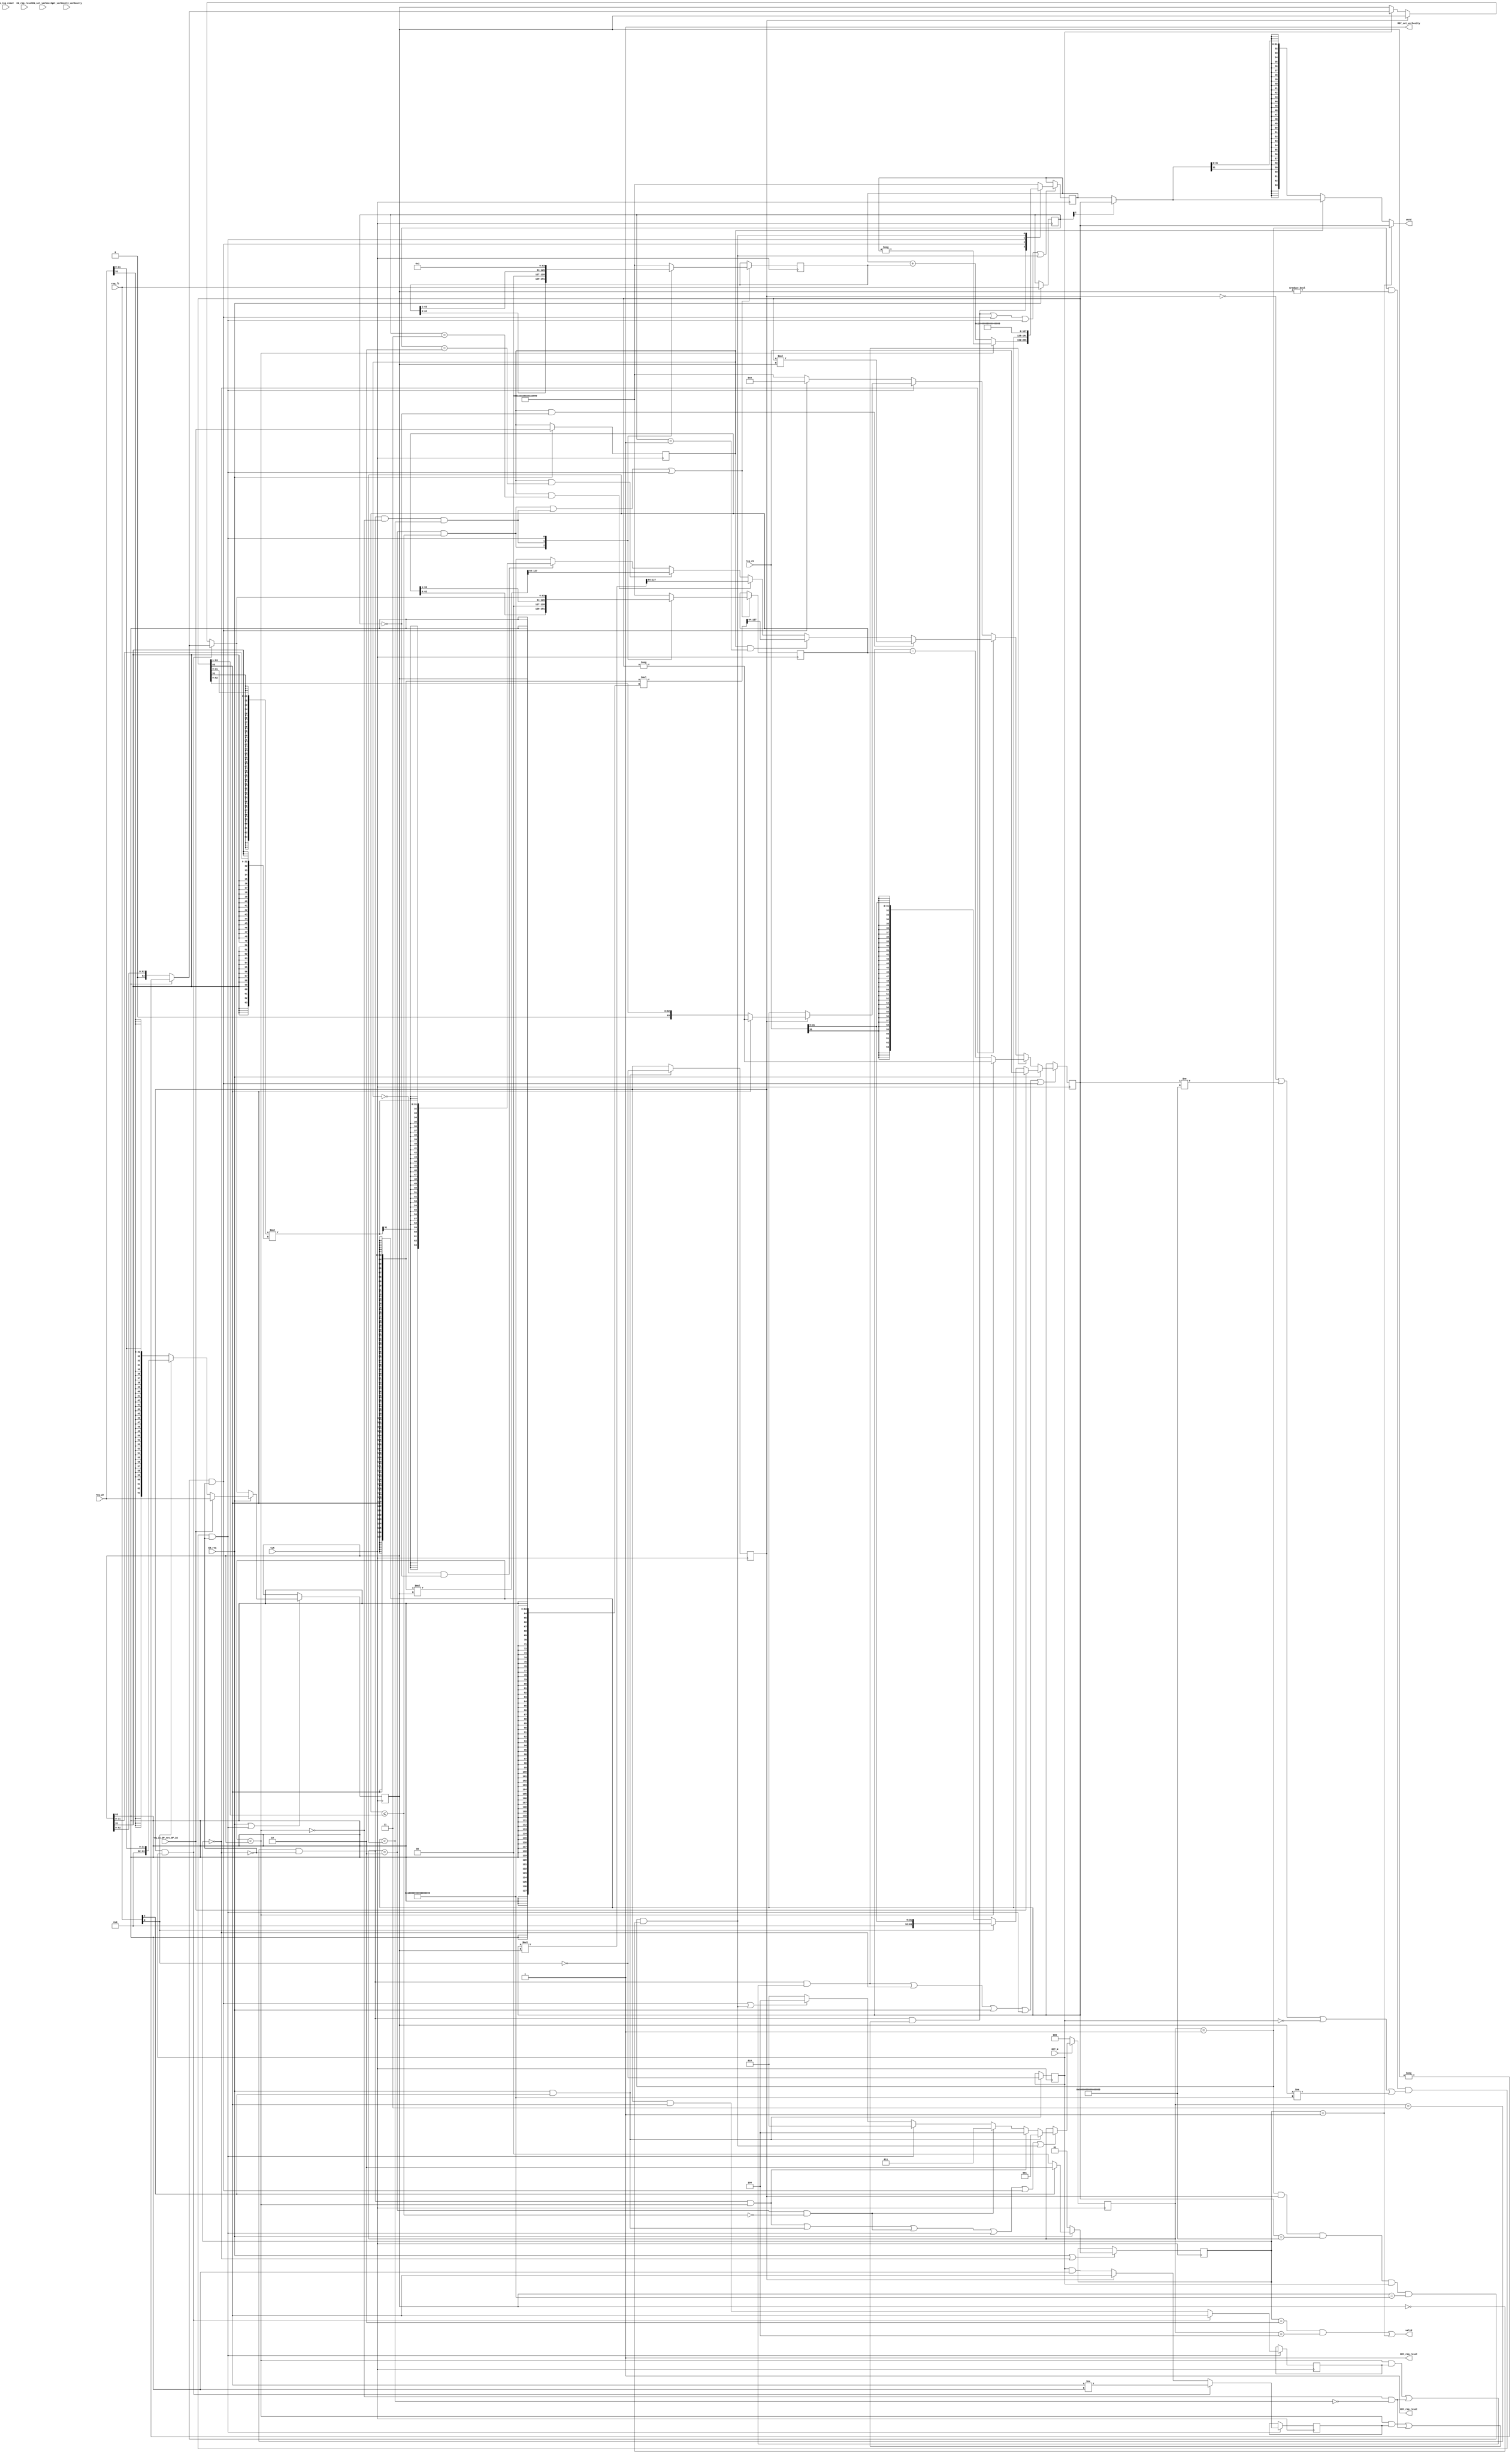
//
// Generated by Bluespec Compiler, version 2018.10.beta1 (build e1df8052c, 2018-10-17)
//
//
//
//
// Ports:
// Name                         I/O  size props
// RDY_set_verbosity              O     1 const
// RDY_req_reset                  O     1 const
// RDY_rsp_reset                  O     1 const
// valid                          O     1
// word                           O    64
// CLK                            I     1 clock
// RST_N                          I     1 reset
// set_verbosity_verbosity        I     4 reg
// req_is_OP_not_OP_32            I     1
// req_f3                         I     3
// req_v1                         I    64
// req_v2                         I    64
// EN_set_verbosity               I     1
// EN_req_reset                   I     1 unused
// EN_rsp_reset                   I     1 unused
// EN_req                         I     1
//
// No combinational paths from inputs to outputs
//
//

`ifdef BSV_ASSIGNMENT_DELAY
`else
  `define BSV_ASSIGNMENT_DELAY
`endif

`ifdef BSV_POSITIVE_RESET
  `define BSV_RESET_VALUE 1'b1
  `define BSV_RESET_EDGE posedge
`else
  `define BSV_RESET_VALUE 1'b0
  `define BSV_RESET_EDGE negedge
`endif

module mkRISCV_MBox(CLK,
		    RST_N,

		    set_verbosity_verbosity,
		    EN_set_verbosity,
		    RDY_set_verbosity,

		    EN_req_reset,
		    RDY_req_reset,

		    EN_rsp_reset,
		    RDY_rsp_reset,

		    req_is_OP_not_OP_32,
		    req_f3,
		    req_v1,
		    req_v2,
		    EN_req,

		    valid,

		    word);
  input  CLK;
  input  RST_N;

  // action method set_verbosity
  input  [3 : 0] set_verbosity_verbosity;
  input  EN_set_verbosity;
  output RDY_set_verbosity;

  // action method req_reset
  input  EN_req_reset;
  output RDY_req_reset;

  // action method rsp_reset
  input  EN_rsp_reset;
  output RDY_rsp_reset;

  // action method req
  input  req_is_OP_not_OP_32;
  input  [2 : 0] req_f3;
  input  [63 : 0] req_v1;
  input  [63 : 0] req_v2;
  input  EN_req;

  // value method valid
  output valid;

  // value method word
  output [63 : 0] word;

  // signals for module outputs
  wire [63 : 0] word;
  wire RDY_req_reset, RDY_rsp_reset, RDY_set_verbosity, valid;

  // inlined wires
  wire dw_valid$whas;

  // register cfg_verbosity
  reg [3 : 0] cfg_verbosity;
  wire [3 : 0] cfg_verbosity$D_IN;
  wire cfg_verbosity$EN;

  // register intDiv_rg_denom2
  reg [63 : 0] intDiv_rg_denom2;
  reg [63 : 0] intDiv_rg_denom2$D_IN;
  wire intDiv_rg_denom2$EN;

  // register intDiv_rg_denom_is_signed
  reg intDiv_rg_denom_is_signed;
  wire intDiv_rg_denom_is_signed$D_IN, intDiv_rg_denom_is_signed$EN;

  // register intDiv_rg_n
  reg [63 : 0] intDiv_rg_n;
  reg [63 : 0] intDiv_rg_n$D_IN;
  wire intDiv_rg_n$EN;

  // register intDiv_rg_numer_is_signed
  reg intDiv_rg_numer_is_signed;
  wire intDiv_rg_numer_is_signed$D_IN, intDiv_rg_numer_is_signed$EN;

  // register intDiv_rg_quo
  reg [63 : 0] intDiv_rg_quo;
  reg [63 : 0] intDiv_rg_quo$D_IN;
  wire intDiv_rg_quo$EN;

  // register intDiv_rg_quoIsNeg
  reg intDiv_rg_quoIsNeg;
  wire intDiv_rg_quoIsNeg$D_IN, intDiv_rg_quoIsNeg$EN;

  // register intDiv_rg_remIsNeg
  reg intDiv_rg_remIsNeg;
  wire intDiv_rg_remIsNeg$D_IN, intDiv_rg_remIsNeg$EN;

  // register intDiv_rg_state
  reg [2 : 0] intDiv_rg_state;
  reg [2 : 0] intDiv_rg_state$D_IN;
  wire intDiv_rg_state$EN;

  // register rg_f3
  reg [2 : 0] rg_f3;
  wire [2 : 0] rg_f3$D_IN;
  wire rg_f3$EN;

  // register rg_is_OP_not_OP_32
  reg rg_is_OP_not_OP_32;
  wire rg_is_OP_not_OP_32$D_IN, rg_is_OP_not_OP_32$EN;

  // register rg_state
  reg [1 : 0] rg_state;
  wire [1 : 0] rg_state$D_IN;
  wire rg_state$EN;

  // register rg_v1
  reg [63 : 0] rg_v1;
  reg [63 : 0] rg_v1$D_IN;
  wire rg_v1$EN;

  // register rg_v2
  reg [63 : 0] rg_v2;
  wire [63 : 0] rg_v2$D_IN;
  wire rg_v2$EN;

  // rule scheduling signals
  wire CAN_FIRE_RL_intDiv_rl_loop1,
       CAN_FIRE_RL_intDiv_rl_loop2,
       CAN_FIRE_RL_intDiv_rl_start_div_by_zero,
       CAN_FIRE_RL_intDiv_rl_start_overflow,
       CAN_FIRE_RL_intDiv_rl_start_s,
       CAN_FIRE_RL_rg_div_rem,
       CAN_FIRE_RL_rl_mul,
       CAN_FIRE_RL_rl_mul2,
       CAN_FIRE_req,
       CAN_FIRE_req_reset,
       CAN_FIRE_rsp_reset,
       CAN_FIRE_set_verbosity,
       WILL_FIRE_RL_intDiv_rl_loop1,
       WILL_FIRE_RL_intDiv_rl_loop2,
       WILL_FIRE_RL_intDiv_rl_start_div_by_zero,
       WILL_FIRE_RL_intDiv_rl_start_overflow,
       WILL_FIRE_RL_intDiv_rl_start_s,
       WILL_FIRE_RL_rg_div_rem,
       WILL_FIRE_RL_rl_mul,
       WILL_FIRE_RL_rl_mul2,
       WILL_FIRE_req,
       WILL_FIRE_req_reset,
       WILL_FIRE_rsp_reset,
       WILL_FIRE_set_verbosity;

  // inputs to muxes for submodule ports
  wire [63 : 0] MUX_dw_result$wset_1__VAL_2,
		MUX_intDiv_rg_denom2$write_1__VAL_1,
		MUX_intDiv_rg_denom2$write_1__VAL_2,
		MUX_intDiv_rg_denom2$write_1__VAL_3,
		MUX_intDiv_rg_n$write_1__VAL_1,
		MUX_intDiv_rg_n$write_1__VAL_2,
		MUX_intDiv_rg_quo$write_1__VAL_1,
		MUX_rg_v1$write_1__VAL_1,
		MUX_rg_v1$write_1__VAL_2,
		MUX_rg_v1$write_1__VAL_3,
		MUX_rg_v1$write_1__VAL_4,
		MUX_rg_v2$write_1__VAL_1;
  wire [1 : 0] MUX_rg_state$write_1__VAL_1;
  wire MUX_intDiv_rg_denom2$write_1__SEL_1,
       MUX_intDiv_rg_denom2$write_1__SEL_2,
       MUX_intDiv_rg_quo$write_1__SEL_1,
       MUX_intDiv_rg_state$write_1__SEL_1,
       MUX_intDiv_rg_state$write_1__SEL_2,
       MUX_intDiv_rg_state$write_1__SEL_3,
       MUX_rg_v1$write_1__SEL_2;

  // declarations used by system tasks
  // synopsys translate_off
  reg [31 : 0] v__h4706;
  reg [31 : 0] v__h4700;
  // synopsys translate_on

  // remaining internal signals
  wire [255 : 0] SEXT_rg_v1__08_MUL_0_CONCAT_rg_v2_14___d118,
		 SEXT_rg_v1__08_MUL_SEXT_rg_v2__09___d110,
		 _0_CONCAT_rg_v1_13_MUL_0_CONCAT_rg_v2_14___d115;
  wire [127 : 0] SEXT_rg_v1_BITS_31_TO_0_21_22_MUL_SEXT_rg_v2_B_ETC___d125,
		 SEXT_rg_v1____d108,
		 rg_v1_MUL_rg_v2___d105,
		 v1__h4494;
  wire [63 : 0] IF_rg_f3_4_BIT_1_37_THEN_rg_v1_ELSE_intDiv_rg__ETC___d138,
		_theResult___fst__h5162,
		_theResult___fst__h5192,
		_theResult___fst__h5218,
		_theResult___fst__h787,
		_theResult___snd__h5163,
		_theResult___snd__h5193,
		_theResult___snd__h5219,
		_theResult___snd_fst__h782,
		denom___1__h729,
		numer___1__h728,
		result___1__h4957,
		v__h4418,
		v__h4476,
		v__h4527,
		v__h4583,
		v__h4600,
		x__h3955,
		x__h4041,
		x__h4111,
		x__h4126,
		y__h3834;
  wire [31 : 0] IF_rg_f3_4_BIT_1_37_THEN_rg_v1_ELSE_intDiv_rg__ETC__q3,
		SEXT_rg_v1_BITS_31_TO_0_21_22_MUL_SEXT_rg_v2_B_ETC__q6,
		req_v1_BITS_31_TO_0__q1,
		req_v2_BITS_31_TO_0__q2,
		rg_v1_BITS_31_TO_0__q4,
		rg_v2_BITS_31_TO_0__q5;
  wire IF_intDiv_rg_numer_is_signed_THEN_rg_v1_BIT_63_ETC___d39,
       intDiv_rg_denom2_4_ULE_0_CONCAT_rg_v1_BITS_63__ETC___d47,
       rg_v1_ULT_intDiv_rg_denom2_4___d59,
       rg_v1_ULT_rg_v2___d55;

  // action method set_verbosity
  assign RDY_set_verbosity = 1'd1 ;
  assign CAN_FIRE_set_verbosity = 1'd1 ;
  assign WILL_FIRE_set_verbosity = EN_set_verbosity ;

  // action method req_reset
  assign RDY_req_reset = 1'd1 ;
  assign CAN_FIRE_req_reset = 1'd1 ;
  assign WILL_FIRE_req_reset = EN_req_reset ;

  // action method rsp_reset
  assign RDY_rsp_reset = 1'd1 ;
  assign CAN_FIRE_rsp_reset = 1'd1 ;
  assign WILL_FIRE_rsp_reset = EN_rsp_reset ;

  // action method req
  assign CAN_FIRE_req = 1'd1 ;
  assign WILL_FIRE_req = EN_req ;

  // value method valid
  assign valid = dw_valid$whas ;

  // value method word
  assign word = WILL_FIRE_RL_rl_mul2 ? rg_v1 : MUX_dw_result$wset_1__VAL_2 ;

  // rule RL_rl_mul2
  assign CAN_FIRE_RL_rl_mul2 = rg_state == 2'd1 ;
  assign WILL_FIRE_RL_rl_mul2 = CAN_FIRE_RL_rl_mul2 ;

  // rule RL_rg_div_rem
  assign CAN_FIRE_RL_rg_div_rem =
	     rg_state == 2'd2 && intDiv_rg_state == 3'd4 ;
  assign WILL_FIRE_RL_rg_div_rem = CAN_FIRE_RL_rg_div_rem ;

  // rule RL_intDiv_rl_start_div_by_zero
  assign CAN_FIRE_RL_intDiv_rl_start_div_by_zero =
	     intDiv_rg_state == 3'd1 && rg_v2 == 64'd0 ;
  assign WILL_FIRE_RL_intDiv_rl_start_div_by_zero =
	     CAN_FIRE_RL_intDiv_rl_start_div_by_zero ;

  // rule RL_intDiv_rl_start_overflow
  assign CAN_FIRE_RL_intDiv_rl_start_overflow =
	     intDiv_rg_state == 3'd1 && intDiv_rg_numer_is_signed &&
	     rg_v1 == 64'h8000000000000000 &&
	     intDiv_rg_denom_is_signed &&
	     rg_v2 == 64'hFFFFFFFFFFFFFFFF ;
  assign WILL_FIRE_RL_intDiv_rl_start_overflow =
	     CAN_FIRE_RL_intDiv_rl_start_overflow && !WILL_FIRE_RL_rl_mul ;

  // rule RL_intDiv_rl_start_s
  assign CAN_FIRE_RL_intDiv_rl_start_s =
	     intDiv_rg_state == 3'd1 && rg_v2 != 64'd0 &&
	     (!intDiv_rg_numer_is_signed || rg_v1 != 64'h8000000000000000 ||
	      !intDiv_rg_denom_is_signed ||
	      rg_v2 != 64'hFFFFFFFFFFFFFFFF) ;
  assign WILL_FIRE_RL_intDiv_rl_start_s =
	     CAN_FIRE_RL_intDiv_rl_start_s && !WILL_FIRE_RL_rl_mul ;

  // rule RL_intDiv_rl_loop1
  assign CAN_FIRE_RL_intDiv_rl_loop1 = intDiv_rg_state == 3'd2 ;
  assign WILL_FIRE_RL_intDiv_rl_loop1 = CAN_FIRE_RL_intDiv_rl_loop1 ;

  // rule RL_rl_mul
  assign CAN_FIRE_RL_rl_mul = rg_state == 2'd0 ;
  assign WILL_FIRE_RL_rl_mul = rg_state == 2'd0 ;

  // rule RL_intDiv_rl_loop2
  assign CAN_FIRE_RL_intDiv_rl_loop2 = intDiv_rg_state == 3'd3 ;
  assign WILL_FIRE_RL_intDiv_rl_loop2 =
	     CAN_FIRE_RL_intDiv_rl_loop2 && !WILL_FIRE_RL_rl_mul ;

  // inputs to muxes for submodule ports
  assign MUX_intDiv_rg_denom2$write_1__SEL_1 =
	     WILL_FIRE_RL_intDiv_rl_loop1 &&
	     intDiv_rg_denom2_4_ULE_0_CONCAT_rg_v1_BITS_63__ETC___d47 ;
  assign MUX_intDiv_rg_denom2$write_1__SEL_2 =
	     WILL_FIRE_RL_intDiv_rl_loop2 && !rg_v1_ULT_rg_v2___d55 &&
	     rg_v1_ULT_intDiv_rg_denom2_4___d59 ;
  assign MUX_intDiv_rg_quo$write_1__SEL_1 =
	     WILL_FIRE_RL_intDiv_rl_loop2 &&
	     (rg_v1_ULT_rg_v2___d55 && intDiv_rg_quoIsNeg ||
	      !rg_v1_ULT_rg_v2___d55 && !rg_v1_ULT_intDiv_rg_denom2_4___d59) ;
  assign MUX_intDiv_rg_state$write_1__SEL_1 = EN_req && req_f3[2] ;
  assign MUX_intDiv_rg_state$write_1__SEL_2 =
	     WILL_FIRE_RL_intDiv_rl_loop2 && rg_v1_ULT_rg_v2___d55 ;
  assign MUX_intDiv_rg_state$write_1__SEL_3 =
	     WILL_FIRE_RL_intDiv_rl_loop1 &&
	     !intDiv_rg_denom2_4_ULE_0_CONCAT_rg_v1_BITS_63__ETC___d47 ;
  assign MUX_rg_v1$write_1__SEL_2 =
	     WILL_FIRE_RL_intDiv_rl_loop2 &&
	     (rg_v1_ULT_rg_v2___d55 && intDiv_rg_remIsNeg ||
	      !rg_v1_ULT_rg_v2___d55 && !rg_v1_ULT_intDiv_rg_denom2_4___d59) ;
  assign MUX_dw_result$wset_1__VAL_2 =
	     rg_is_OP_not_OP_32 ?
	       IF_rg_f3_4_BIT_1_37_THEN_rg_v1_ELSE_intDiv_rg__ETC___d138 :
	       result___1__h4957 ;
  assign MUX_intDiv_rg_denom2$write_1__VAL_1 =
	     { intDiv_rg_denom2[62:0], 1'd0 } ;
  assign MUX_intDiv_rg_denom2$write_1__VAL_2 =
	     { 1'd0, intDiv_rg_denom2[63:1] } ;
  assign MUX_intDiv_rg_denom2$write_1__VAL_3 =
	     (intDiv_rg_numer_is_signed && intDiv_rg_denom_is_signed) ?
	       denom___1__h729 :
	       _theResult___snd_fst__h782 ;
  assign MUX_intDiv_rg_n$write_1__VAL_1 = { intDiv_rg_n[62:0], 1'd0 } ;
  assign MUX_intDiv_rg_n$write_1__VAL_2 = { 1'd0, intDiv_rg_n[63:1] } ;
  assign MUX_intDiv_rg_quo$write_1__VAL_1 =
	     rg_v1_ULT_rg_v2___d55 ? x__h4041 : x__h4126 ;
  assign MUX_rg_state$write_1__VAL_1 = req_f3[2] ? 2'd2 : 2'd0 ;
  assign MUX_rg_v1$write_1__VAL_1 =
	     req_is_OP_not_OP_32 ? req_v1 : _theResult___fst__h5162 ;
  assign MUX_rg_v1$write_1__VAL_2 =
	     rg_v1_ULT_rg_v2___d55 ? x__h4111 : x__h3955 ;
  assign MUX_rg_v1$write_1__VAL_3 =
	     (rg_is_OP_not_OP_32 && rg_f3 == 3'b0) ?
	       rg_v1_MUL_rg_v2___d105[63:0] :
	       v__h4418 ;
  assign MUX_rg_v1$write_1__VAL_4 =
	     intDiv_rg_numer_is_signed ? numer___1__h728 : rg_v1 ;
  assign MUX_rg_v2$write_1__VAL_1 =
	     req_is_OP_not_OP_32 ? req_v2 : _theResult___snd__h5163 ;

  // inlined wires
  assign dw_valid$whas = WILL_FIRE_RL_rg_div_rem || WILL_FIRE_RL_rl_mul2 ;

  // register cfg_verbosity
  assign cfg_verbosity$D_IN = set_verbosity_verbosity ;
  assign cfg_verbosity$EN = EN_set_verbosity ;

  // register intDiv_rg_denom2
  always@(MUX_intDiv_rg_denom2$write_1__SEL_1 or
	  MUX_intDiv_rg_denom2$write_1__VAL_1 or
	  MUX_intDiv_rg_denom2$write_1__SEL_2 or
	  MUX_intDiv_rg_denom2$write_1__VAL_2 or
	  WILL_FIRE_RL_intDiv_rl_start_s or
	  MUX_intDiv_rg_denom2$write_1__VAL_3)
  begin
    case (1'b1) // synopsys parallel_case
      MUX_intDiv_rg_denom2$write_1__SEL_1:
	  intDiv_rg_denom2$D_IN = MUX_intDiv_rg_denom2$write_1__VAL_1;
      MUX_intDiv_rg_denom2$write_1__SEL_2:
	  intDiv_rg_denom2$D_IN = MUX_intDiv_rg_denom2$write_1__VAL_2;
      WILL_FIRE_RL_intDiv_rl_start_s:
	  intDiv_rg_denom2$D_IN = MUX_intDiv_rg_denom2$write_1__VAL_3;
      default: intDiv_rg_denom2$D_IN =
		   64'hAAAAAAAAAAAAAAAA /* unspecified value */ ;
    endcase
  end
  assign intDiv_rg_denom2$EN =
	     WILL_FIRE_RL_intDiv_rl_loop1 &&
	     intDiv_rg_denom2_4_ULE_0_CONCAT_rg_v1_BITS_63__ETC___d47 ||
	     WILL_FIRE_RL_intDiv_rl_loop2 && !rg_v1_ULT_rg_v2___d55 &&
	     rg_v1_ULT_intDiv_rg_denom2_4___d59 ||
	     WILL_FIRE_RL_intDiv_rl_start_s ;

  // register intDiv_rg_denom_is_signed
  assign intDiv_rg_denom_is_signed$D_IN = !req_f3[0] ;
  assign intDiv_rg_denom_is_signed$EN = MUX_intDiv_rg_state$write_1__SEL_1 ;

  // register intDiv_rg_n
  always@(MUX_intDiv_rg_denom2$write_1__SEL_1 or
	  MUX_intDiv_rg_n$write_1__VAL_1 or
	  MUX_intDiv_rg_denom2$write_1__SEL_2 or
	  MUX_intDiv_rg_n$write_1__VAL_2 or WILL_FIRE_RL_intDiv_rl_start_s)
  begin
    case (1'b1) // synopsys parallel_case
      MUX_intDiv_rg_denom2$write_1__SEL_1:
	  intDiv_rg_n$D_IN = MUX_intDiv_rg_n$write_1__VAL_1;
      MUX_intDiv_rg_denom2$write_1__SEL_2:
	  intDiv_rg_n$D_IN = MUX_intDiv_rg_n$write_1__VAL_2;
      WILL_FIRE_RL_intDiv_rl_start_s: intDiv_rg_n$D_IN = 64'd1;
      default: intDiv_rg_n$D_IN =
		   64'hAAAAAAAAAAAAAAAA /* unspecified value */ ;
    endcase
  end
  assign intDiv_rg_n$EN =
	     WILL_FIRE_RL_intDiv_rl_loop1 &&
	     intDiv_rg_denom2_4_ULE_0_CONCAT_rg_v1_BITS_63__ETC___d47 ||
	     WILL_FIRE_RL_intDiv_rl_loop2 && !rg_v1_ULT_rg_v2___d55 &&
	     rg_v1_ULT_intDiv_rg_denom2_4___d59 ||
	     WILL_FIRE_RL_intDiv_rl_start_s ;

  // register intDiv_rg_numer_is_signed
  assign intDiv_rg_numer_is_signed$D_IN = !req_f3[0] ;
  assign intDiv_rg_numer_is_signed$EN = MUX_intDiv_rg_state$write_1__SEL_1 ;

  // register intDiv_rg_quo
  always@(MUX_intDiv_rg_quo$write_1__SEL_1 or
	  MUX_intDiv_rg_quo$write_1__VAL_1 or
	  WILL_FIRE_RL_intDiv_rl_start_overflow or
	  rg_v1 or
	  WILL_FIRE_RL_intDiv_rl_start_s or
	  WILL_FIRE_RL_intDiv_rl_start_div_by_zero)
  begin
    case (1'b1) // synopsys parallel_case
      MUX_intDiv_rg_quo$write_1__SEL_1:
	  intDiv_rg_quo$D_IN = MUX_intDiv_rg_quo$write_1__VAL_1;
      WILL_FIRE_RL_intDiv_rl_start_overflow: intDiv_rg_quo$D_IN = rg_v1;
      WILL_FIRE_RL_intDiv_rl_start_s: intDiv_rg_quo$D_IN = 64'd0;
      WILL_FIRE_RL_intDiv_rl_start_div_by_zero:
	  intDiv_rg_quo$D_IN = 64'hFFFFFFFFFFFFFFFF;
      default: intDiv_rg_quo$D_IN =
		   64'hAAAAAAAAAAAAAAAA /* unspecified value */ ;
    endcase
  end
  assign intDiv_rg_quo$EN =
	     MUX_intDiv_rg_quo$write_1__SEL_1 ||
	     WILL_FIRE_RL_intDiv_rl_start_overflow ||
	     WILL_FIRE_RL_intDiv_rl_start_s ||
	     WILL_FIRE_RL_intDiv_rl_start_div_by_zero ;

  // register intDiv_rg_quoIsNeg
  assign intDiv_rg_quoIsNeg$D_IN =
	     (intDiv_rg_numer_is_signed && intDiv_rg_denom_is_signed) ?
	       rg_v1[63] != rg_v2[63] :
	       IF_intDiv_rg_numer_is_signed_THEN_rg_v1_BIT_63_ETC___d39 ;
  assign intDiv_rg_quoIsNeg$EN = WILL_FIRE_RL_intDiv_rl_start_s ;

  // register intDiv_rg_remIsNeg
  assign intDiv_rg_remIsNeg$D_IN =
	     (intDiv_rg_numer_is_signed && intDiv_rg_denom_is_signed) ?
	       rg_v1[63] :
	       intDiv_rg_numer_is_signed && rg_v1[63] ;
  assign intDiv_rg_remIsNeg$EN = WILL_FIRE_RL_intDiv_rl_start_s ;

  // register intDiv_rg_state
  always@(MUX_intDiv_rg_state$write_1__SEL_1 or
	  MUX_intDiv_rg_state$write_1__SEL_2 or
	  MUX_intDiv_rg_state$write_1__SEL_3 or
	  WILL_FIRE_RL_intDiv_rl_start_s or
	  WILL_FIRE_RL_intDiv_rl_start_overflow or
	  WILL_FIRE_RL_intDiv_rl_start_div_by_zero)
  case (1'b1)
    MUX_intDiv_rg_state$write_1__SEL_1: intDiv_rg_state$D_IN = 3'd1;
    MUX_intDiv_rg_state$write_1__SEL_2: intDiv_rg_state$D_IN = 3'd4;
    MUX_intDiv_rg_state$write_1__SEL_3: intDiv_rg_state$D_IN = 3'd3;
    WILL_FIRE_RL_intDiv_rl_start_s: intDiv_rg_state$D_IN = 3'd2;
    WILL_FIRE_RL_intDiv_rl_start_overflow ||
    WILL_FIRE_RL_intDiv_rl_start_div_by_zero:
	intDiv_rg_state$D_IN = 3'd4;
    default: intDiv_rg_state$D_IN = 3'b010 /* unspecified value */ ;
  endcase
  assign intDiv_rg_state$EN =
	     WILL_FIRE_RL_intDiv_rl_loop2 && rg_v1_ULT_rg_v2___d55 ||
	     EN_req && req_f3[2] ||
	     WILL_FIRE_RL_intDiv_rl_loop1 &&
	     !intDiv_rg_denom2_4_ULE_0_CONCAT_rg_v1_BITS_63__ETC___d47 ||
	     WILL_FIRE_RL_intDiv_rl_start_s ||
	     WILL_FIRE_RL_intDiv_rl_start_overflow ||
	     WILL_FIRE_RL_intDiv_rl_start_div_by_zero ;

  // register rg_f3
  assign rg_f3$D_IN = req_f3 ;
  assign rg_f3$EN = EN_req ;

  // register rg_is_OP_not_OP_32
  assign rg_is_OP_not_OP_32$D_IN = req_is_OP_not_OP_32 ;
  assign rg_is_OP_not_OP_32$EN = EN_req ;

  // register rg_state
  assign rg_state$D_IN = EN_req ? MUX_rg_state$write_1__VAL_1 : 2'd1 ;
  assign rg_state$EN = EN_req || WILL_FIRE_RL_rl_mul ;

  // register rg_v1
  always@(EN_req or
	  MUX_rg_v1$write_1__VAL_1 or
	  MUX_rg_v1$write_1__SEL_2 or
	  MUX_rg_v1$write_1__VAL_2 or
	  WILL_FIRE_RL_rl_mul or
	  MUX_rg_v1$write_1__VAL_3 or
	  WILL_FIRE_RL_intDiv_rl_start_s or
	  MUX_rg_v1$write_1__VAL_4 or WILL_FIRE_RL_intDiv_rl_start_overflow)
  case (1'b1)
    EN_req: rg_v1$D_IN = MUX_rg_v1$write_1__VAL_1;
    MUX_rg_v1$write_1__SEL_2: rg_v1$D_IN = MUX_rg_v1$write_1__VAL_2;
    WILL_FIRE_RL_rl_mul: rg_v1$D_IN = MUX_rg_v1$write_1__VAL_3;
    WILL_FIRE_RL_intDiv_rl_start_s: rg_v1$D_IN = MUX_rg_v1$write_1__VAL_4;
    WILL_FIRE_RL_intDiv_rl_start_overflow: rg_v1$D_IN = 64'd0;
    default: rg_v1$D_IN = 64'hAAAAAAAAAAAAAAAA /* unspecified value */ ;
  endcase
  assign rg_v1$EN =
	     MUX_rg_v1$write_1__SEL_2 || WILL_FIRE_RL_rl_mul || EN_req ||
	     WILL_FIRE_RL_intDiv_rl_start_s ||
	     WILL_FIRE_RL_intDiv_rl_start_overflow ;

  // register rg_v2
  assign rg_v2$D_IN =
	     EN_req ?
	       MUX_rg_v2$write_1__VAL_1 :
	       MUX_intDiv_rg_denom2$write_1__VAL_3 ;
  assign rg_v2$EN = EN_req || WILL_FIRE_RL_intDiv_rl_start_s ;

  // remaining internal signals
  assign IF_intDiv_rg_numer_is_signed_THEN_rg_v1_BIT_63_ETC___d39 =
	     intDiv_rg_numer_is_signed ?
	       rg_v1[63] :
	       intDiv_rg_denom_is_signed && rg_v2[63] ;
  assign IF_rg_f3_4_BIT_1_37_THEN_rg_v1_ELSE_intDiv_rg__ETC___d138 =
	     rg_f3[1] ? rg_v1 : intDiv_rg_quo ;
  assign IF_rg_f3_4_BIT_1_37_THEN_rg_v1_ELSE_intDiv_rg__ETC__q3 =
	     IF_rg_f3_4_BIT_1_37_THEN_rg_v1_ELSE_intDiv_rg__ETC___d138[31:0] ;
  assign SEXT_rg_v1_BITS_31_TO_0_21_22_MUL_SEXT_rg_v2_B_ETC___d125 =
	     { {32{rg_v1_BITS_31_TO_0__q4[31]}}, rg_v1_BITS_31_TO_0__q4 } *
	     { {32{rg_v2_BITS_31_TO_0__q5[31]}}, rg_v2_BITS_31_TO_0__q5 } ;
  assign SEXT_rg_v1_BITS_31_TO_0_21_22_MUL_SEXT_rg_v2_B_ETC__q6 =
	     SEXT_rg_v1_BITS_31_TO_0_21_22_MUL_SEXT_rg_v2_B_ETC___d125[31:0] ;
  assign SEXT_rg_v1__08_MUL_0_CONCAT_rg_v2_14___d118 =
	     SEXT_rg_v1____d108 * { 64'd0, rg_v2 } ;
  assign SEXT_rg_v1__08_MUL_SEXT_rg_v2__09___d110 =
	     SEXT_rg_v1____d108 * { {64{rg_v2[63]}}, rg_v2 } ;
  assign SEXT_rg_v1____d108 = { {64{rg_v1[63]}}, rg_v1 } ;
  assign _0_CONCAT_rg_v1_13_MUL_0_CONCAT_rg_v2_14___d115 =
	     v1__h4494 * { 64'd0, rg_v2 } ;
  assign _theResult___fst__h5162 =
	     req_f3[0] ? _theResult___fst__h5218 : _theResult___fst__h5192 ;
  assign _theResult___fst__h5192 =
	     { {32{req_v1_BITS_31_TO_0__q1[31]}}, req_v1_BITS_31_TO_0__q1 } ;
  assign _theResult___fst__h5218 = { 32'd0, req_v1[31:0] } ;
  assign _theResult___fst__h787 =
	     intDiv_rg_denom_is_signed ? denom___1__h729 : rg_v2 ;
  assign _theResult___snd__h5163 =
	     req_f3[0] ? _theResult___snd__h5219 : _theResult___snd__h5193 ;
  assign _theResult___snd__h5193 =
	     { {32{req_v2_BITS_31_TO_0__q2[31]}}, req_v2_BITS_31_TO_0__q2 } ;
  assign _theResult___snd__h5219 = { 32'd0, req_v2[31:0] } ;
  assign _theResult___snd_fst__h782 =
	     intDiv_rg_numer_is_signed ? rg_v2 : _theResult___fst__h787 ;
  assign denom___1__h729 = rg_v2[63] ? -rg_v2 : rg_v2 ;
  assign intDiv_rg_denom2_4_ULE_0_CONCAT_rg_v1_BITS_63__ETC___d47 =
	     intDiv_rg_denom2 <= y__h3834 ;
  assign numer___1__h728 = rg_v1[63] ? x__h4111 : rg_v1 ;
  assign req_v1_BITS_31_TO_0__q1 = req_v1[31:0] ;
  assign req_v2_BITS_31_TO_0__q2 = req_v2[31:0] ;
  assign result___1__h4957 =
	     { {32{IF_rg_f3_4_BIT_1_37_THEN_rg_v1_ELSE_intDiv_rg__ETC__q3[31]}},
	       IF_rg_f3_4_BIT_1_37_THEN_rg_v1_ELSE_intDiv_rg__ETC__q3 } ;
  assign rg_v1_BITS_31_TO_0__q4 = rg_v1[31:0] ;
  assign rg_v1_MUL_rg_v2___d105 = rg_v1 * rg_v2 ;
  assign rg_v1_ULT_intDiv_rg_denom2_4___d59 = rg_v1 < intDiv_rg_denom2 ;
  assign rg_v1_ULT_rg_v2___d55 = rg_v1 < rg_v2 ;
  assign rg_v2_BITS_31_TO_0__q5 = rg_v2[31:0] ;
  assign v1__h4494 = { 64'd0, rg_v1 } ;
  assign v__h4418 =
	     (rg_is_OP_not_OP_32 && rg_f3 == 3'b001) ?
	       SEXT_rg_v1__08_MUL_SEXT_rg_v2__09___d110[127:64] :
	       v__h4476 ;
  assign v__h4476 =
	     (rg_is_OP_not_OP_32 && rg_f3 == 3'b011) ?
	       _0_CONCAT_rg_v1_13_MUL_0_CONCAT_rg_v2_14___d115[127:64] :
	       v__h4527 ;
  assign v__h4527 =
	     (rg_is_OP_not_OP_32 && rg_f3 == 3'b010) ?
	       SEXT_rg_v1__08_MUL_0_CONCAT_rg_v2_14___d118[127:64] :
	       v__h4583 ;
  assign v__h4583 =
	     (!rg_is_OP_not_OP_32 && rg_f3 == 3'b0) ?
	       v__h4600 :
	       64'hFFFFFFFFFFFFFFFF ;
  assign v__h4600 =
	     { {32{SEXT_rg_v1_BITS_31_TO_0_21_22_MUL_SEXT_rg_v2_B_ETC__q6[31]}},
	       SEXT_rg_v1_BITS_31_TO_0_21_22_MUL_SEXT_rg_v2_B_ETC__q6 } ;
  assign x__h3955 = rg_v1 - intDiv_rg_denom2 ;
  assign x__h4041 = -intDiv_rg_quo ;
  assign x__h4111 = -rg_v1 ;
  assign x__h4126 = intDiv_rg_quo + intDiv_rg_n ;
  assign y__h3834 = { 1'd0, rg_v1[63:1] } ;

  // handling of inlined registers

  always@(posedge CLK)
  begin
    if (RST_N == `BSV_RESET_VALUE)
      begin
        cfg_verbosity <= `BSV_ASSIGNMENT_DELAY 4'd0;
	intDiv_rg_state <= `BSV_ASSIGNMENT_DELAY 3'd0;
      end
    else
      begin
        if (cfg_verbosity$EN)
	  cfg_verbosity <= `BSV_ASSIGNMENT_DELAY cfg_verbosity$D_IN;
	if (intDiv_rg_state$EN)
	  intDiv_rg_state <= `BSV_ASSIGNMENT_DELAY intDiv_rg_state$D_IN;
      end
    if (intDiv_rg_denom2$EN)
      intDiv_rg_denom2 <= `BSV_ASSIGNMENT_DELAY intDiv_rg_denom2$D_IN;
    if (intDiv_rg_denom_is_signed$EN)
      intDiv_rg_denom_is_signed <= `BSV_ASSIGNMENT_DELAY
	  intDiv_rg_denom_is_signed$D_IN;
    if (intDiv_rg_n$EN) intDiv_rg_n <= `BSV_ASSIGNMENT_DELAY intDiv_rg_n$D_IN;
    if (intDiv_rg_numer_is_signed$EN)
      intDiv_rg_numer_is_signed <= `BSV_ASSIGNMENT_DELAY
	  intDiv_rg_numer_is_signed$D_IN;
    if (intDiv_rg_quo$EN)
      intDiv_rg_quo <= `BSV_ASSIGNMENT_DELAY intDiv_rg_quo$D_IN;
    if (intDiv_rg_quoIsNeg$EN)
      intDiv_rg_quoIsNeg <= `BSV_ASSIGNMENT_DELAY intDiv_rg_quoIsNeg$D_IN;
    if (intDiv_rg_remIsNeg$EN)
      intDiv_rg_remIsNeg <= `BSV_ASSIGNMENT_DELAY intDiv_rg_remIsNeg$D_IN;
    if (rg_f3$EN) rg_f3 <= `BSV_ASSIGNMENT_DELAY rg_f3$D_IN;
    if (rg_is_OP_not_OP_32$EN)
      rg_is_OP_not_OP_32 <= `BSV_ASSIGNMENT_DELAY rg_is_OP_not_OP_32$D_IN;
    if (rg_state$EN) rg_state <= `BSV_ASSIGNMENT_DELAY rg_state$D_IN;
    if (rg_v1$EN) rg_v1 <= `BSV_ASSIGNMENT_DELAY rg_v1$D_IN;
    if (rg_v2$EN) rg_v2 <= `BSV_ASSIGNMENT_DELAY rg_v2$D_IN;
  end

  // synopsys translate_off
  `ifdef BSV_NO_INITIAL_BLOCKS
  `else // not BSV_NO_INITIAL_BLOCKS
  initial
  begin
    cfg_verbosity = 4'hA;
    intDiv_rg_denom2 = 64'hAAAAAAAAAAAAAAAA;
    intDiv_rg_denom_is_signed = 1'h0;
    intDiv_rg_n = 64'hAAAAAAAAAAAAAAAA;
    intDiv_rg_numer_is_signed = 1'h0;
    intDiv_rg_quo = 64'hAAAAAAAAAAAAAAAA;
    intDiv_rg_quoIsNeg = 1'h0;
    intDiv_rg_remIsNeg = 1'h0;
    intDiv_rg_state = 3'h2;
    rg_f3 = 3'h2;
    rg_is_OP_not_OP_32 = 1'h0;
    rg_state = 2'h2;
    rg_v1 = 64'hAAAAAAAAAAAAAAAA;
    rg_v2 = 64'hAAAAAAAAAAAAAAAA;
  end
  `endif // BSV_NO_INITIAL_BLOCKS
  // synopsys translate_on

  // handling of system tasks

  // synopsys translate_off
  always@(negedge CLK)
  begin
    #0;
    if (RST_N != `BSV_RESET_VALUE)
      if (WILL_FIRE_RL_rl_mul && cfg_verbosity > 4'd1)
	$display("    RISCV_MBox.rl_mul");
    if (RST_N != `BSV_RESET_VALUE)
      if (WILL_FIRE_RL_rl_mul && (!rg_is_OP_not_OP_32 || rg_f3 != 3'b0) &&
	  (!rg_is_OP_not_OP_32 || rg_f3 != 3'b001) &&
	  (!rg_is_OP_not_OP_32 || rg_f3 != 3'b011) &&
	  (!rg_is_OP_not_OP_32 || rg_f3 != 3'b010) &&
	  (rg_is_OP_not_OP_32 || rg_f3 != 3'b0))
	begin
	  v__h4706 = $stime;
	  #0;
	end
    v__h4700 = v__h4706 / 32'd10;
    if (RST_N != `BSV_RESET_VALUE)
      if (WILL_FIRE_RL_rl_mul && (!rg_is_OP_not_OP_32 || rg_f3 != 3'b0) &&
	  (!rg_is_OP_not_OP_32 || rg_f3 != 3'b001) &&
	  (!rg_is_OP_not_OP_32 || rg_f3 != 3'b011) &&
	  (!rg_is_OP_not_OP_32 || rg_f3 != 3'b010) &&
	  (rg_is_OP_not_OP_32 || rg_f3 != 3'b0))
	$display("%0d: ERROR: RISCV_MBox.rl_mul: illegal f3.", v__h4700);
    if (RST_N != `BSV_RESET_VALUE)
      if (WILL_FIRE_RL_rl_mul && (!rg_is_OP_not_OP_32 || rg_f3 != 3'b0) &&
	  (!rg_is_OP_not_OP_32 || rg_f3 != 3'b001) &&
	  (!rg_is_OP_not_OP_32 || rg_f3 != 3'b011) &&
	  (!rg_is_OP_not_OP_32 || rg_f3 != 3'b010) &&
	  (rg_is_OP_not_OP_32 || rg_f3 != 3'b0))
	$display("    f3 0x%0h  v1 0x%0h  v2 0x%0h", rg_f3, rg_v1, rg_v2);
    if (RST_N != `BSV_RESET_VALUE)
      if (WILL_FIRE_RL_rl_mul && (!rg_is_OP_not_OP_32 || rg_f3 != 3'b0) &&
	  (!rg_is_OP_not_OP_32 || rg_f3 != 3'b001) &&
	  (!rg_is_OP_not_OP_32 || rg_f3 != 3'b011) &&
	  (!rg_is_OP_not_OP_32 || rg_f3 != 3'b010) &&
	  (rg_is_OP_not_OP_32 || rg_f3 != 3'b0))
	$finish(32'd1);
  end
  // synopsys translate_on
endmodule  // mkRISCV_MBox